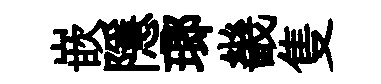
嵌隱瑯畿隻